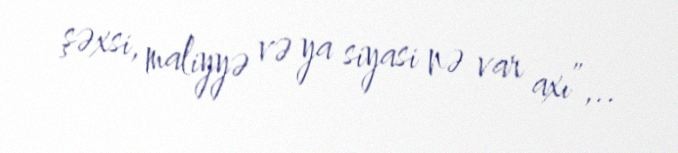
şəxsi, maliyyə və ya siyasi nə var axı”,..